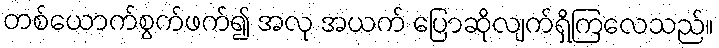
တစ်ယောက်စွက်ဖက်၍ အလု အယက် ပြောဆိုလျက်ရှိကြလေသည်။